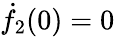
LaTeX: \dot{f}_{2}(0)=0